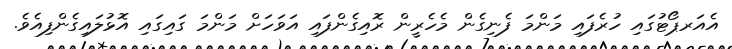
އެއަރޕޯޓުގައި ހުރެފައި މަންމަ ފެނިގެން މެހެރީން ރޮއިގެންފައި އަވަހަށް މަންމަ ގައިގައި އޮޅުލައިގެންފިއެވެ.